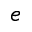
e